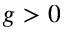
g > 0